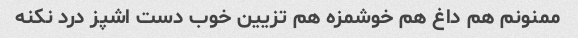
ممنونم هم داغ هم خوشمزه هم تزیین خوب دست اشپز درد نکنه